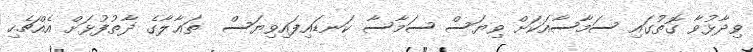
ވިދާޅުވާ ގޮތުގައި ސަމާސާއަކަށް ވިޔަސް ސަމާސާ ކަނޑައިފައިވިޔަސް  ތަޢާލާގެ ޛާތުފުޅަށް އެއްޗެހި